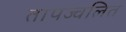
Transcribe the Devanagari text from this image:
तापज्वलित